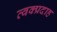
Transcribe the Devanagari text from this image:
त्वक्प्रदाह